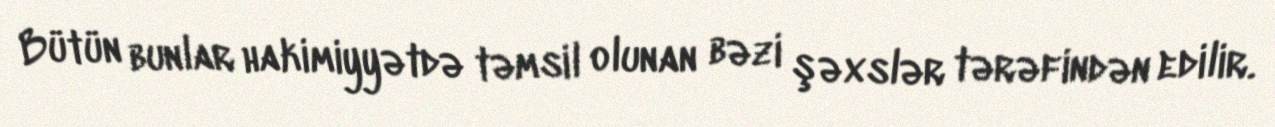
Bütün bunlar hakimiyyətdə təmsil olunan bəzi şəxslər tərəfindən edilir.